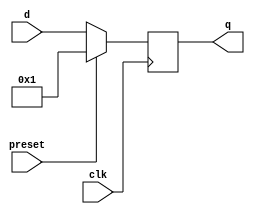
module State(
  d, //each of the inputs of the FFD integrating the memory of the M machine
  q, //each of the outputs of the FFD
  clk, //clock signal
  preset //Signal that reset the control unit to the IF state
);

  input  wire[12:0] d; //next state logic
  input  wire       clk, preset; //Obvious, isn't it?
  output wire[12:0]  q; //current state

  reg[12:0] state;

  always @(posedge clk) begin
    if (preset) 
      state <= 13'b0000000000001;
    else
      state <= d;
  end

  assign q = state;
  
endmodule // State